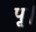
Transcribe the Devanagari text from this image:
पृ।